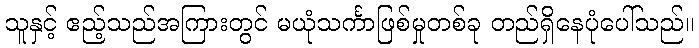
သူနှင့် ဧည့်သည်အကြားတွင် မယုံသင်္ကာဖြစ်မှုတစ်ခု တည်ရှိနေပုံပေါ်သည်။